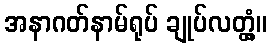
အနာဂတ်နာမ်ရုပ် ချုပ်လတ္တံ့။